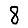
Digit: 8